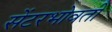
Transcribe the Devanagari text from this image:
सेंटरभोवती